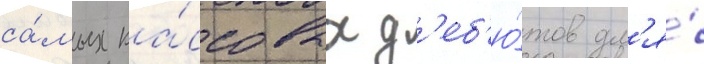
са́мых ка́ссовых д'еб'ю́тов дл'я́